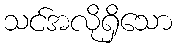
သင်အလိုရှိသော